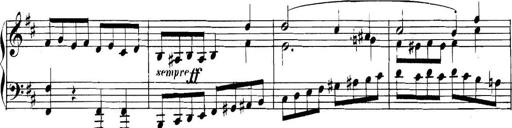
Title: Collected Piano Sonatas
Composer: Muzio Clementi